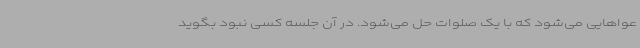
عواهایی می‌شود که با یک صلوات حل می‌شود. در آن جلسه کسی نبود بگوید